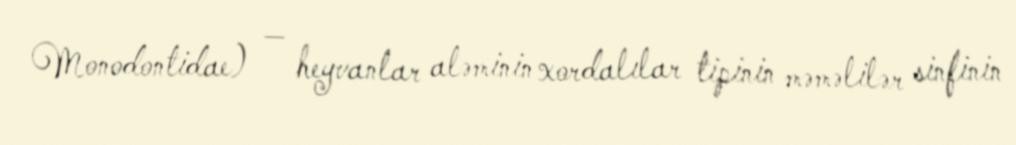
Monodontidae) — heyvanlar aləminin xordalılar tipinin məməlilər sinfinin